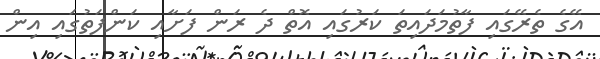
އޭގެ ތެރޭގައި ފާތުމަދައިތަ ކަރުގައި އޮތް ދެ ރަން ފަށާއި ކަންފަތުގައި އިން